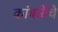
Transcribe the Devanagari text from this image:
कांबळेंचे